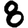
Digit: 8